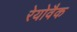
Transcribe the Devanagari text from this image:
रेयोवैक